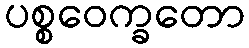
ပစ္စဝေက္ခတော